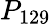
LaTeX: P_{129}